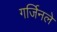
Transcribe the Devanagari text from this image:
गर्जिनले